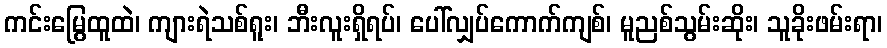
ကင်းမြွေထူထဲ၊ ကျားရဲသစ်ရူး၊ ဘီးလူးရှိရပ်၊ ပေါ်လျှပ်ကောက်ကျစ်၊ မူညစ်သွမ်းဆိုး၊ သူခိုးဖမ်းရာ၊